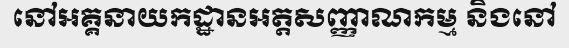
នៅអគ្គនាយកដ្ឋានអត្តសញ្ញាណកម្ម និងនៅ